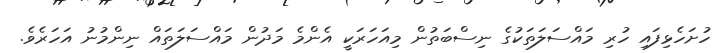
ހުށަހެޅިފައި ހުރި މައްސަލަތަކުގެ ނިސްބަތުން މިއަހަރަކީ އެންމެ މަދުން މައްސަލަތައް ނިންމުނު އަހަރެވެ.